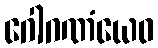
ဂေါဂဏံယေဝ